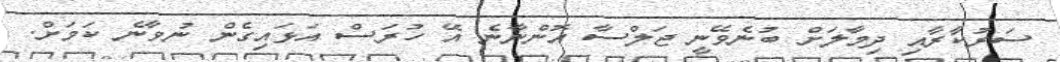
ސަރުކާރާއި ދިމާލަށް ބުނެވޭނީ ޖަލްސާ އޮންނާނެ އޭ ހުރަސް އަޅައިގެން ނުވާނެ ކަމަށް.